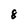
Character: 8